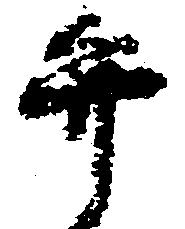
弁